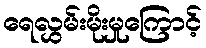
ရေလွှမ်းမိုးမှုကြောင့်